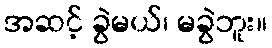
အဆင့် ခွဲမယ်၊ မခွဲဘူး။